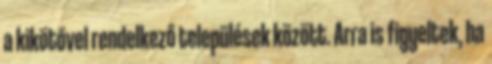
a kikötővel rendelkező települések között. Arra is figyeltek, ha